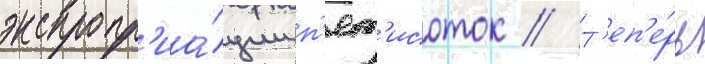
экспропр'иа́ции п'ят'исоток // Т'еп'е́рь